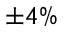
\pm 4 \%